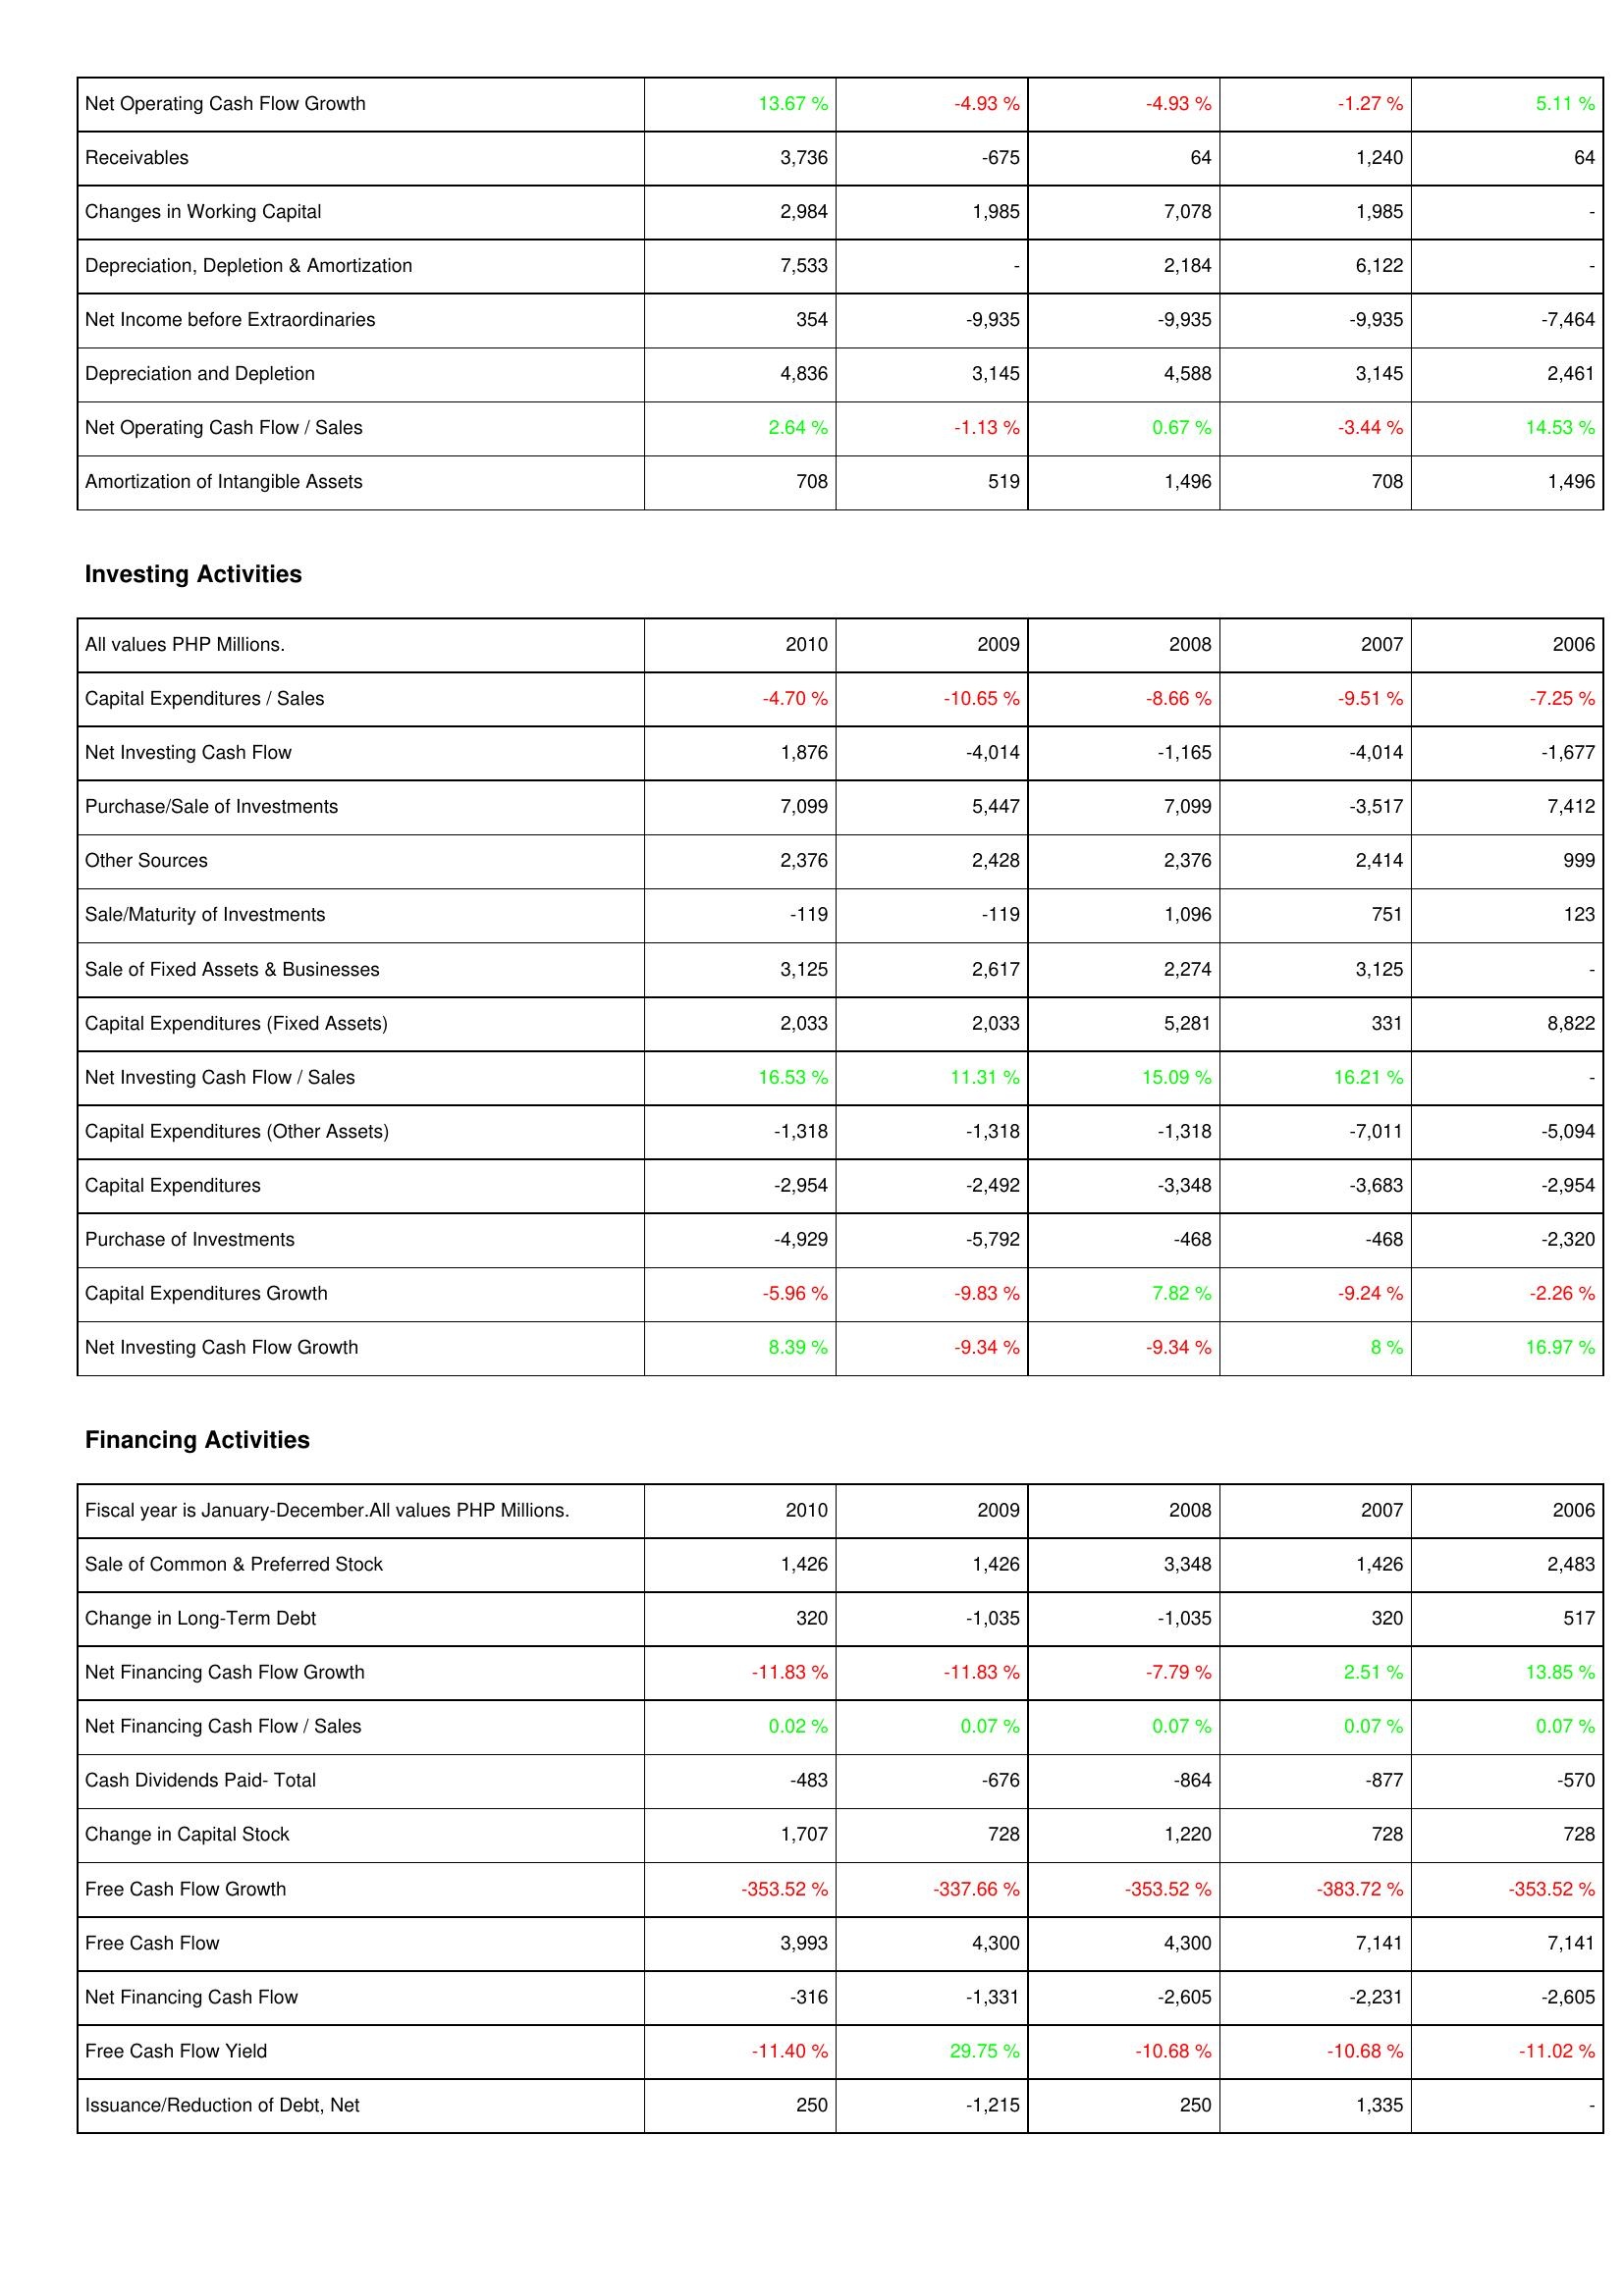
2010: Operating Activities: Net Operating Cash Flow Growth: 13.67 %
Receivables: 3,736
Changes in Working Capital: 2,984
Depreciation, Depletion & Amortization: 7,533
Net Income before Extraordinaries: 354
Depreciation and Depletion: 4,836
Net Operating Cash Flow / Sales: 2.64 %
Amortization of Intangible Assets: 708
Investing Activities: Capital Expenditures / Sales: -4.70 %
Net Investing Cash Flow: 1,876
Purchase/Sale of Investments: 7,099
Other Sources: 2,376
Sale/Maturity of Investments: -119
Sale of Fixed Assets & Businesses: 3,125
Capital Expenditures (Fixed Assets): 2,033
Net Investing Cash Flow / Sales: 16.53 %
Capital Expenditures (Other Assets): -1,318
Capital Expenditures: -2,954
Purchase of Investments: -4,929
Capital Expenditures Growth: -5.96 %
Net Investing Cash Flow Growth: 8.39 %
Financing Activities: Sale of Common & Preferred Stock: 1,426
Change in Long-Term Debt: 320
Net Financing Cash Flow Growth: -11.83 %
Net Financing Cash Flow / Sales: 0.02 %
Cash Dividends Paid- Total: -483
Change in Capital Stock: 1,707
Free Cash Flow Growth: -353.52 %
Free Cash Flow: 3,993
Net Financing Cash Flow: -316
Free Cash Flow Yield: -11.40 %
Issuance/Reduction of Debt, Net: 250
2009: Operating Activities: Net Operating Cash Flow Growth: -4.93 %
Receivables: -675
Changes in Working Capital: 1,985
Depreciation, Depletion & Amortization: -
Net Income before Extraordinaries: -9,935
Depreciation and Depletion: 3,145
Net Operating Cash Flow / Sales: -1.13 %
Amortization of Intangible Assets: 519
Investing Activities: Capital Expenditures / Sales: -10.65 %
Net Investing Cash Flow: -4,014
Purchase/Sale of Investments: 5,447
Other Sources: 2,428
Sale/Maturity of Investments: -119
Sale of Fixed Assets & Businesses: 2,617
Capital Expenditures (Fixed Assets): 2,033
Net Investing Cash Flow / Sales: 11.31 %
Capital Expenditures (Other Assets): -1,318
Capital Expenditures: -2,492
Purchase of Investments: -5,792
Capital Expenditures Growth: -9.83 %
Net Investing Cash Flow Growth: -9.34 %
Financing Activities: Sale of Common & Preferred Stock: 1,426
Change in Long-Term Debt: -1,035
Net Financing Cash Flow Growth: -11.83 %
Net Financing Cash Flow / Sales: 0.07 %
Cash Dividends Paid- Total: -676
Change in Capital Stock: 728
Free Cash Flow Growth: -337.66 %
Free Cash Flow: 4,300
Net Financing Cash Flow: -1,331
Free Cash Flow Yield: 29.75 %
Issuance/Reduction of Debt, Net: -1,215
2008: Operating Activities: Net Operating Cash Flow Growth: -4.93 %
Receivables: 64
Changes in Working Capital: 7,078
Depreciation, Depletion & Amortization: 2,184
Net Income before Extraordinaries: -9,935
Depreciation and Depletion: 4,588
Net Operating Cash Flow / Sales: 0.67 %
Amortization of Intangible Assets: 1,496
Investing Activities: Capital Expenditures / Sales: -8.66 %
Net Investing Cash Flow: -1,165
Purchase/Sale of Investments: 7,099
Other Sources: 2,376
Sale/Maturity of Investments: 1,096
Sale of Fixed Assets & Businesses: 2,274
Capital Expenditures (Fixed Assets): 5,281
Net Investing Cash Flow / Sales: 15.09 %
Capital Expenditures (Other Assets): -1,318
Capital Expenditures: -3,348
Purchase of Investments: -468
Capital Expenditures Growth: 7.82 %
Net Investing Cash Flow Growth: -9.34 %
Financing Activities: Sale of Common & Preferred Stock: 3,348
Change in Long-Term Debt: -1,035
Net Financing Cash Flow Growth: -7.79 %
Net Financing Cash Flow / Sales: 0.07 %
Cash Dividends Paid- Total: -864
Change in Capital Stock: 1,220
Free Cash Flow Growth: -353.52 %
Free Cash Flow: 4,300
Net Financing Cash Flow: -2,605
Free Cash Flow Yield: -10.68 %
Issuance/Reduction of Debt, Net: 250
2007: Operating Activities: Net Operating Cash Flow Growth: -1.27 %
Receivables: 1,240
Changes in Working Capital: 1,985
Depreciation, Depletion & Amortization: 6,122
Net Income before Extraordinaries: -9,935
Depreciation and Depletion: 3,145
Net Operating Cash Flow / Sales: -3.44 %
Amortization of Intangible Assets: 708
Investing Activities: Capital Expenditures / Sales: -9.51 %
Net Investing Cash Flow: -4,014
Purchase/Sale of Investments: -3,517
Other Sources: 2,414
Sale/Maturity of Investments: 751
Sale of Fixed Assets & Businesses: 3,125
Capital Expenditures (Fixed Assets): 331
Net Investing Cash Flow / Sales: 16.21 %
Capital Expenditures (Other Assets): -7,011
Capital Expenditures: -3,683
Purchase of Investments: -468
Capital Expenditures Growth: -9.24 %
Net Investing Cash Flow Growth: 8 %
Financing Activities: Sale of Common & Preferred Stock: 1,426
Change in Long-Term Debt: 320
Net Financing Cash Flow Growth: 2.51 %
Net Financing Cash Flow / Sales: 0.07 %
Cash Dividends Paid- Total: -877
Change in Capital Stock: 728
Free Cash Flow Growth: -383.72 %
Free Cash Flow: 7,141
Net Financing Cash Flow: -2,231
Free Cash Flow Yield: -10.68 %
Issuance/Reduction of Debt, Net: 1,335
2006: Operating Activities: Net Operating Cash Flow Growth: 5.11 %
Receivables: 64
Changes in Working Capital: -
Depreciation, Depletion & Amortization: -
Net Income before Extraordinaries: -7,464
Depreciation and Depletion: 2,461
Net Operating Cash Flow / Sales: 14.53 %
Amortization of Intangible Assets: 1,496
Investing Activities: Capital Expenditures / Sales: -7.25 %
Net Investing Cash Flow: -1,677
Purchase/Sale of Investments: 7,412
Other Sources: 999
Sale/Maturity of Investments: 123
Sale of Fixed Assets & Businesses: -
Capital Expenditures (Fixed Assets): 8,822
Net Investing Cash Flow / Sales: -
Capital Expenditures (Other Assets): -5,094
Capital Expenditures: -2,954
Purchase of Investments: -2,320
Capital Expenditures Growth: -2.26 %
Net Investing Cash Flow Growth: 16.97 %
Financing Activities: Sale of Common & Preferred Stock: 2,483
Change in Long-Term Debt: 517
Net Financing Cash Flow Growth: 13.85 %
Net Financing Cash Flow / Sales: 0.07 %
Cash Dividends Paid- Total: -570
Change in Capital Stock: 728
Free Cash Flow Growth: -353.52 %
Free Cash Flow: 7,141
Net Financing Cash Flow: -2,605
Free Cash Flow Yield: -11.02 %
Issuance/Reduction of Debt, Net: -